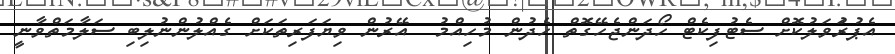
އެޕުރަުވަލުކޮށް ސެޓުފިކެޓް ހޯދަންޖެހޭގޮތް ހެދުން މުހިއްމު  އޭރުން ވިޔަފަރިތަކަށް ގެއްލުންނުލިބި ސަލާމަތްވާނީ